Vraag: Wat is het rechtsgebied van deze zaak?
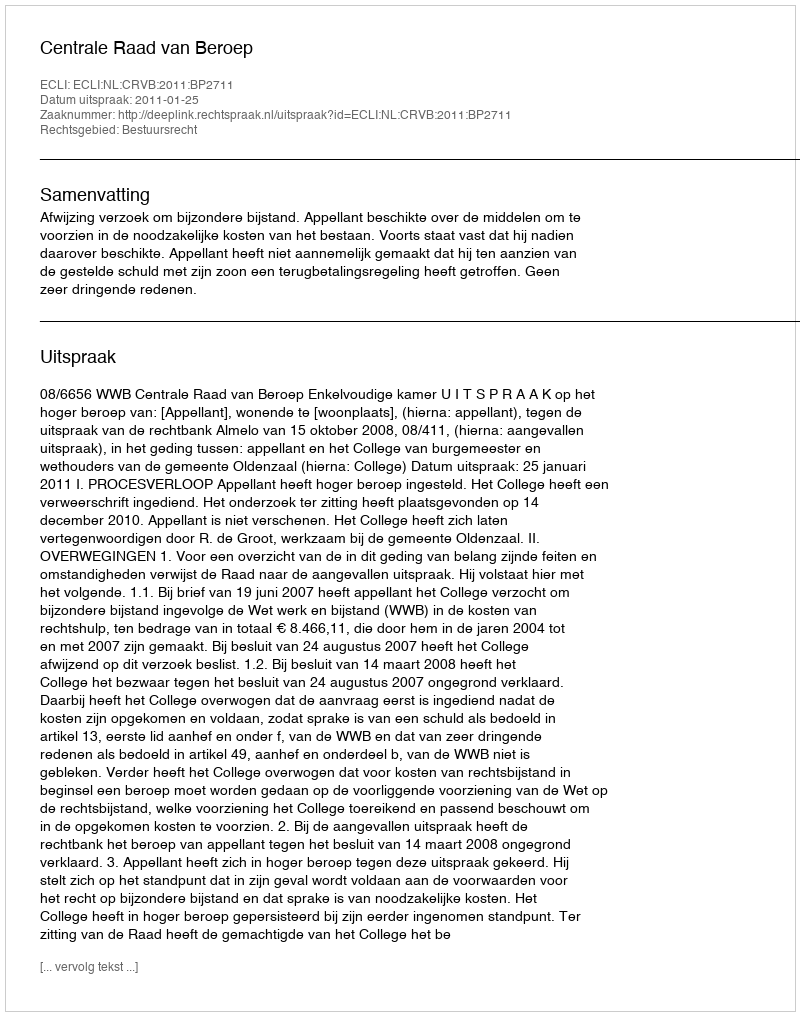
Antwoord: Bestuursrecht